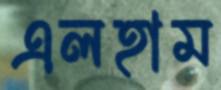
এলহাম